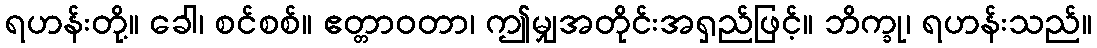
ရဟန်းတို့။ ခေါ၊ စင်စစ်။ ဧတ္တာဝတာ၊ ဤမျှအတိုင်းအရှည်ဖြင့်။ ဘိက္ခု၊ ရဟန်းသည်။